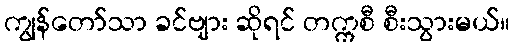
ကျွန်တော်သာ ခင်ဗျား ဆိုရင် တက္ကစီ စီးသွားမယ်။